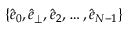
\{ \hat { e } _ { 0 } , \hat { e } _ { \perp } , \hat { e } _ { 2 } , \dots , \hat { e } _ { N - 1 } \}